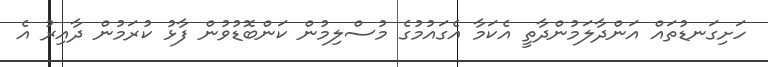
ހަށިގަނޑުތައް އަންދާލަމުންދާތީ އެކަމާ އެގައުމުގެ މުސްލިމުން ކަންބޮޑުވުން ފާޅު ކުރަމުން ދާއިރު އެ